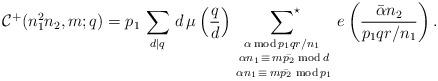
LaTeX: \begin{align*}\mathcal{C}^{+}(n^2_1n_2,m;q) = p_1\, \sum_{d|q}\,d\,\mu\left(\frac{q}{d}\right)\,\mathop{\mathop{\sideset{}{^\star}{\displaystyle\sum}_{\alpha \, \mathrm{mod} \, p_1qr/n_1}}_{\alpha n_1\, \equiv\, m\bar{p_2}\,\,\mathrm{mod} \, d}}_{\alpha n_1\, \equiv\, m\bar{p_2}\,\,\mathrm{mod} \, p_1}\,e\left(\frac{\bar{\alpha}n_2}{p_1qr/n_1}\right).\end{align*}